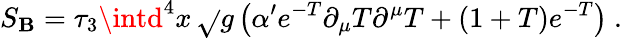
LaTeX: S_{\mathbf{B}}=\tau_{3}\intd^{4}x\, \sqrt{}{{g}}\left(\alpha^{\prime}e^{-T}\partial_{\mu}{T}\partial^{\mu}{T}+(1+T)e^{-T}\right)\ .